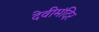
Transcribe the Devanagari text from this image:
देवीमंदिर